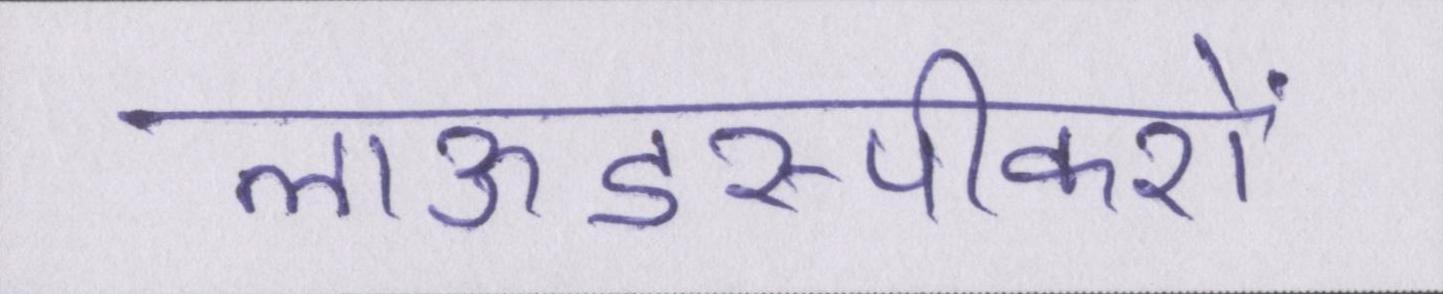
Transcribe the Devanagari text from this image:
लाऊडस्पीकरों